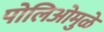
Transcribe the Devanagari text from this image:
पोलिओमुळे